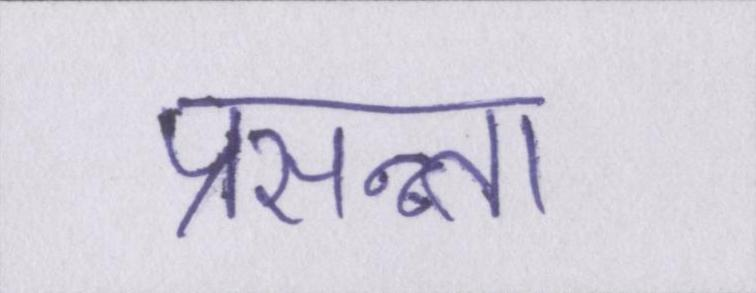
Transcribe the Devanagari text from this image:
प्रसन्न्ता